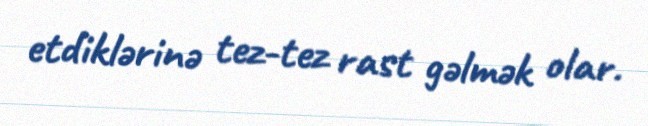
etdiklərinə tez-tez rast gəlmək olar.